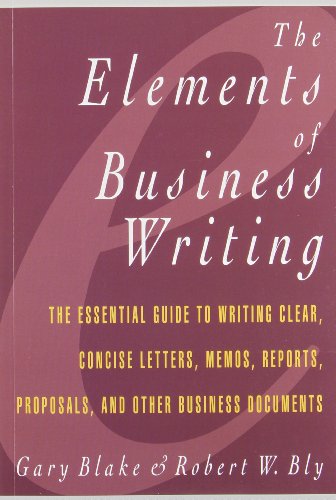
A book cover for Elements of Business Writing: A Guide to Writing Clear, Concise Letters, Mem; Gary Blake; Business & Money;